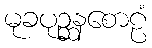
မုခပုဉ္ဆနစောဠံ